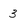
Character: 3